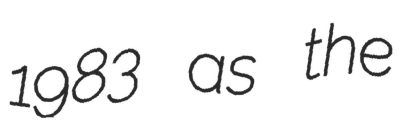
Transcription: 1983 as the